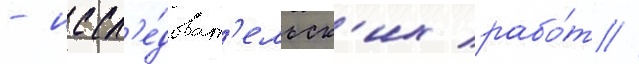
- иссл'е́доват'ельск'их рабо́т //